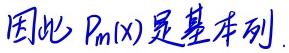
因此 $P_m(x)$ 是基本序列.